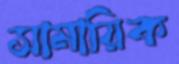
সামায়িক